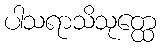
ပါသရာသိသုတ္ထေ